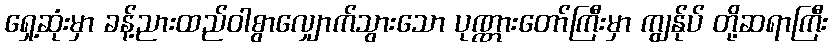
ရှေ့ဆုံးမှာ ခန့်ညားထည်ဝါစွာလျှောက်သွားသော ပုဏ္ဏားတော်ကြီးမှာ ကျွန်ုပ် တို့ဆရာကြီး